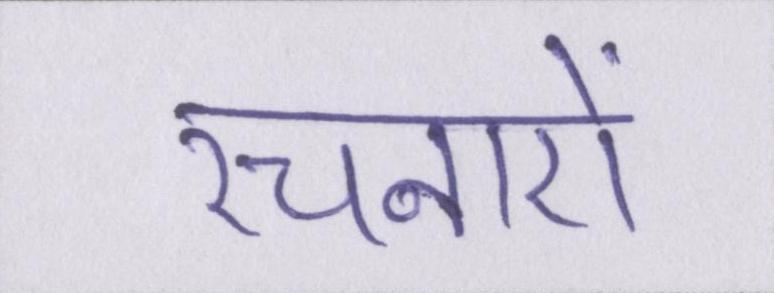
रचनाऐं